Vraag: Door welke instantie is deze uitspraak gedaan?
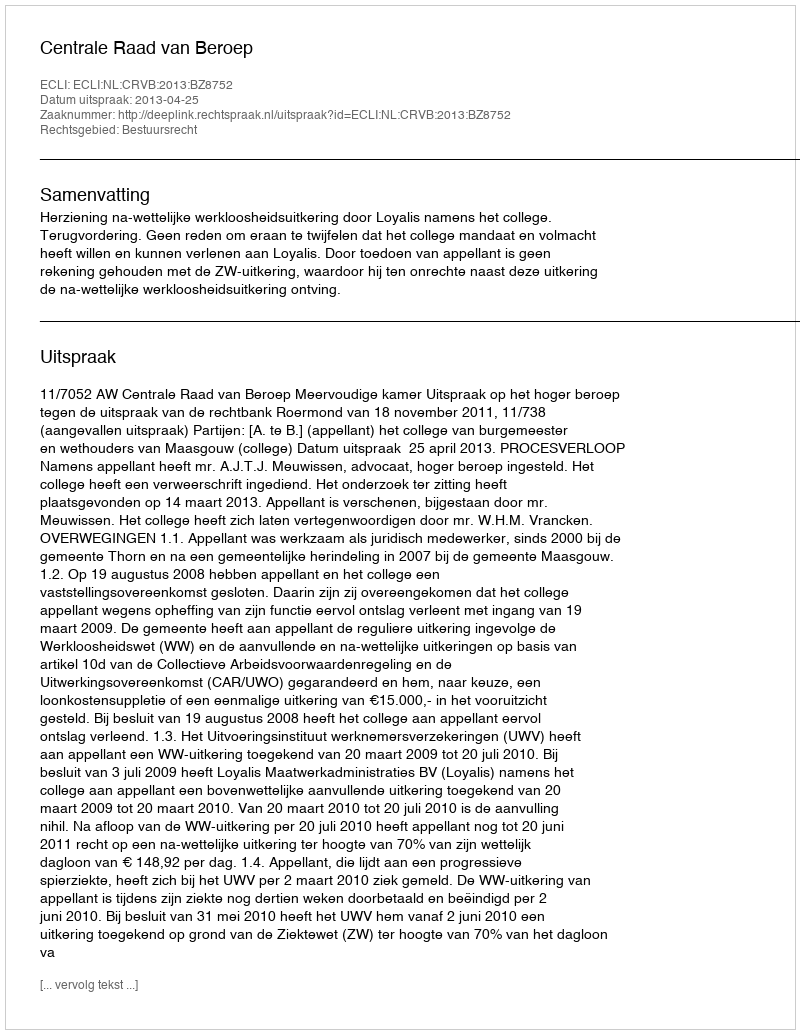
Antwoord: Centrale Raad van Beroep